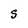
Character: S